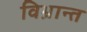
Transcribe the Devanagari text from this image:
विभ्रान्त